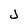
Character: J